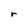
Character: r